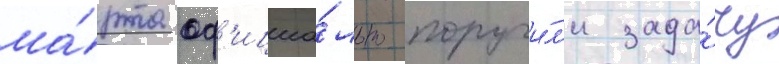
ма́рта оф'ициа́льно поручи́л'и зада́чу